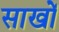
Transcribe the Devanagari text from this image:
साखों